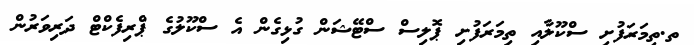
ތ.ތިމަރަފުށި ސްކޫލާއި ތިމަރަފުށި ޕޮލިސް ސްޓޭޝަން ގުޅިގެން އެ ސްކޫލުގެ ޕްރިފެކްޓް ދަރިވަރުން